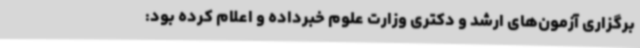
برگزاری آزمون‌های ارشد و دکتری وزارت علوم خبرداده و اعلام کرده بود: